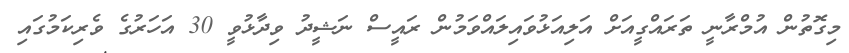
މިގޮތުން އުމްރާނީ ތަރައްގީއަށް އަލިއަޅުވައިލައްވަމުން ރައީސް ނަޝީދު ވިދާޅުވީ 30 އަހަރުގެ ވެރިކަމުގައި